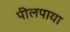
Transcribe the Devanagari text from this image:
पीलपाया